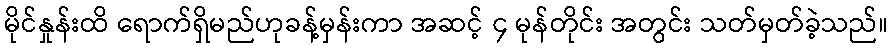
မိုင်နှုန်းထိ ရောက်ရှိမည်ဟုခန့်မှန်းကာ အဆင့် ၄ မုန်တိုင်း အတွင်း သတ်မှတ်ခဲ့သည်။